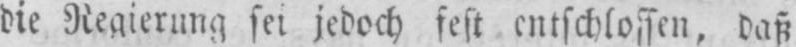
die Regierung sei jedoch fest entschlossen, daß